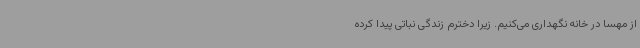
از مهسا در خانه نگهداری می‌کنیم. زیرا دخترم زندگی نباتی پیدا کرده